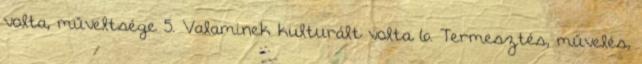
volta, műveltsége 5. Valaminek kulturált volta 6. Termesztés, művelés,